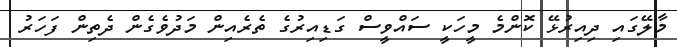
މާލޭގައި ދިއިރުޅޭ ކޮންމެ މީހަކީ ސައްވީސް ގަޑިއިރުގެ ތެރެއިން މަދުވެގެން ދެތިން ފަހަރު